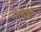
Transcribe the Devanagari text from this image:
नाराशंसः